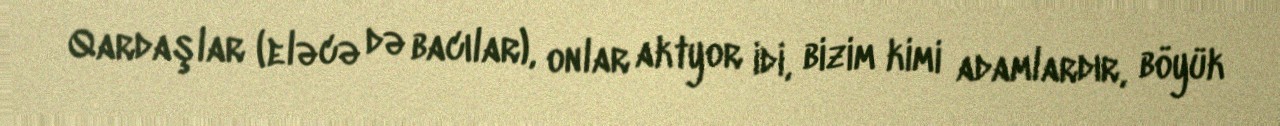
Qardaşlar (eləcə də bacılar), onlar aktyor idi, bizim kimi adamlardır, böyük